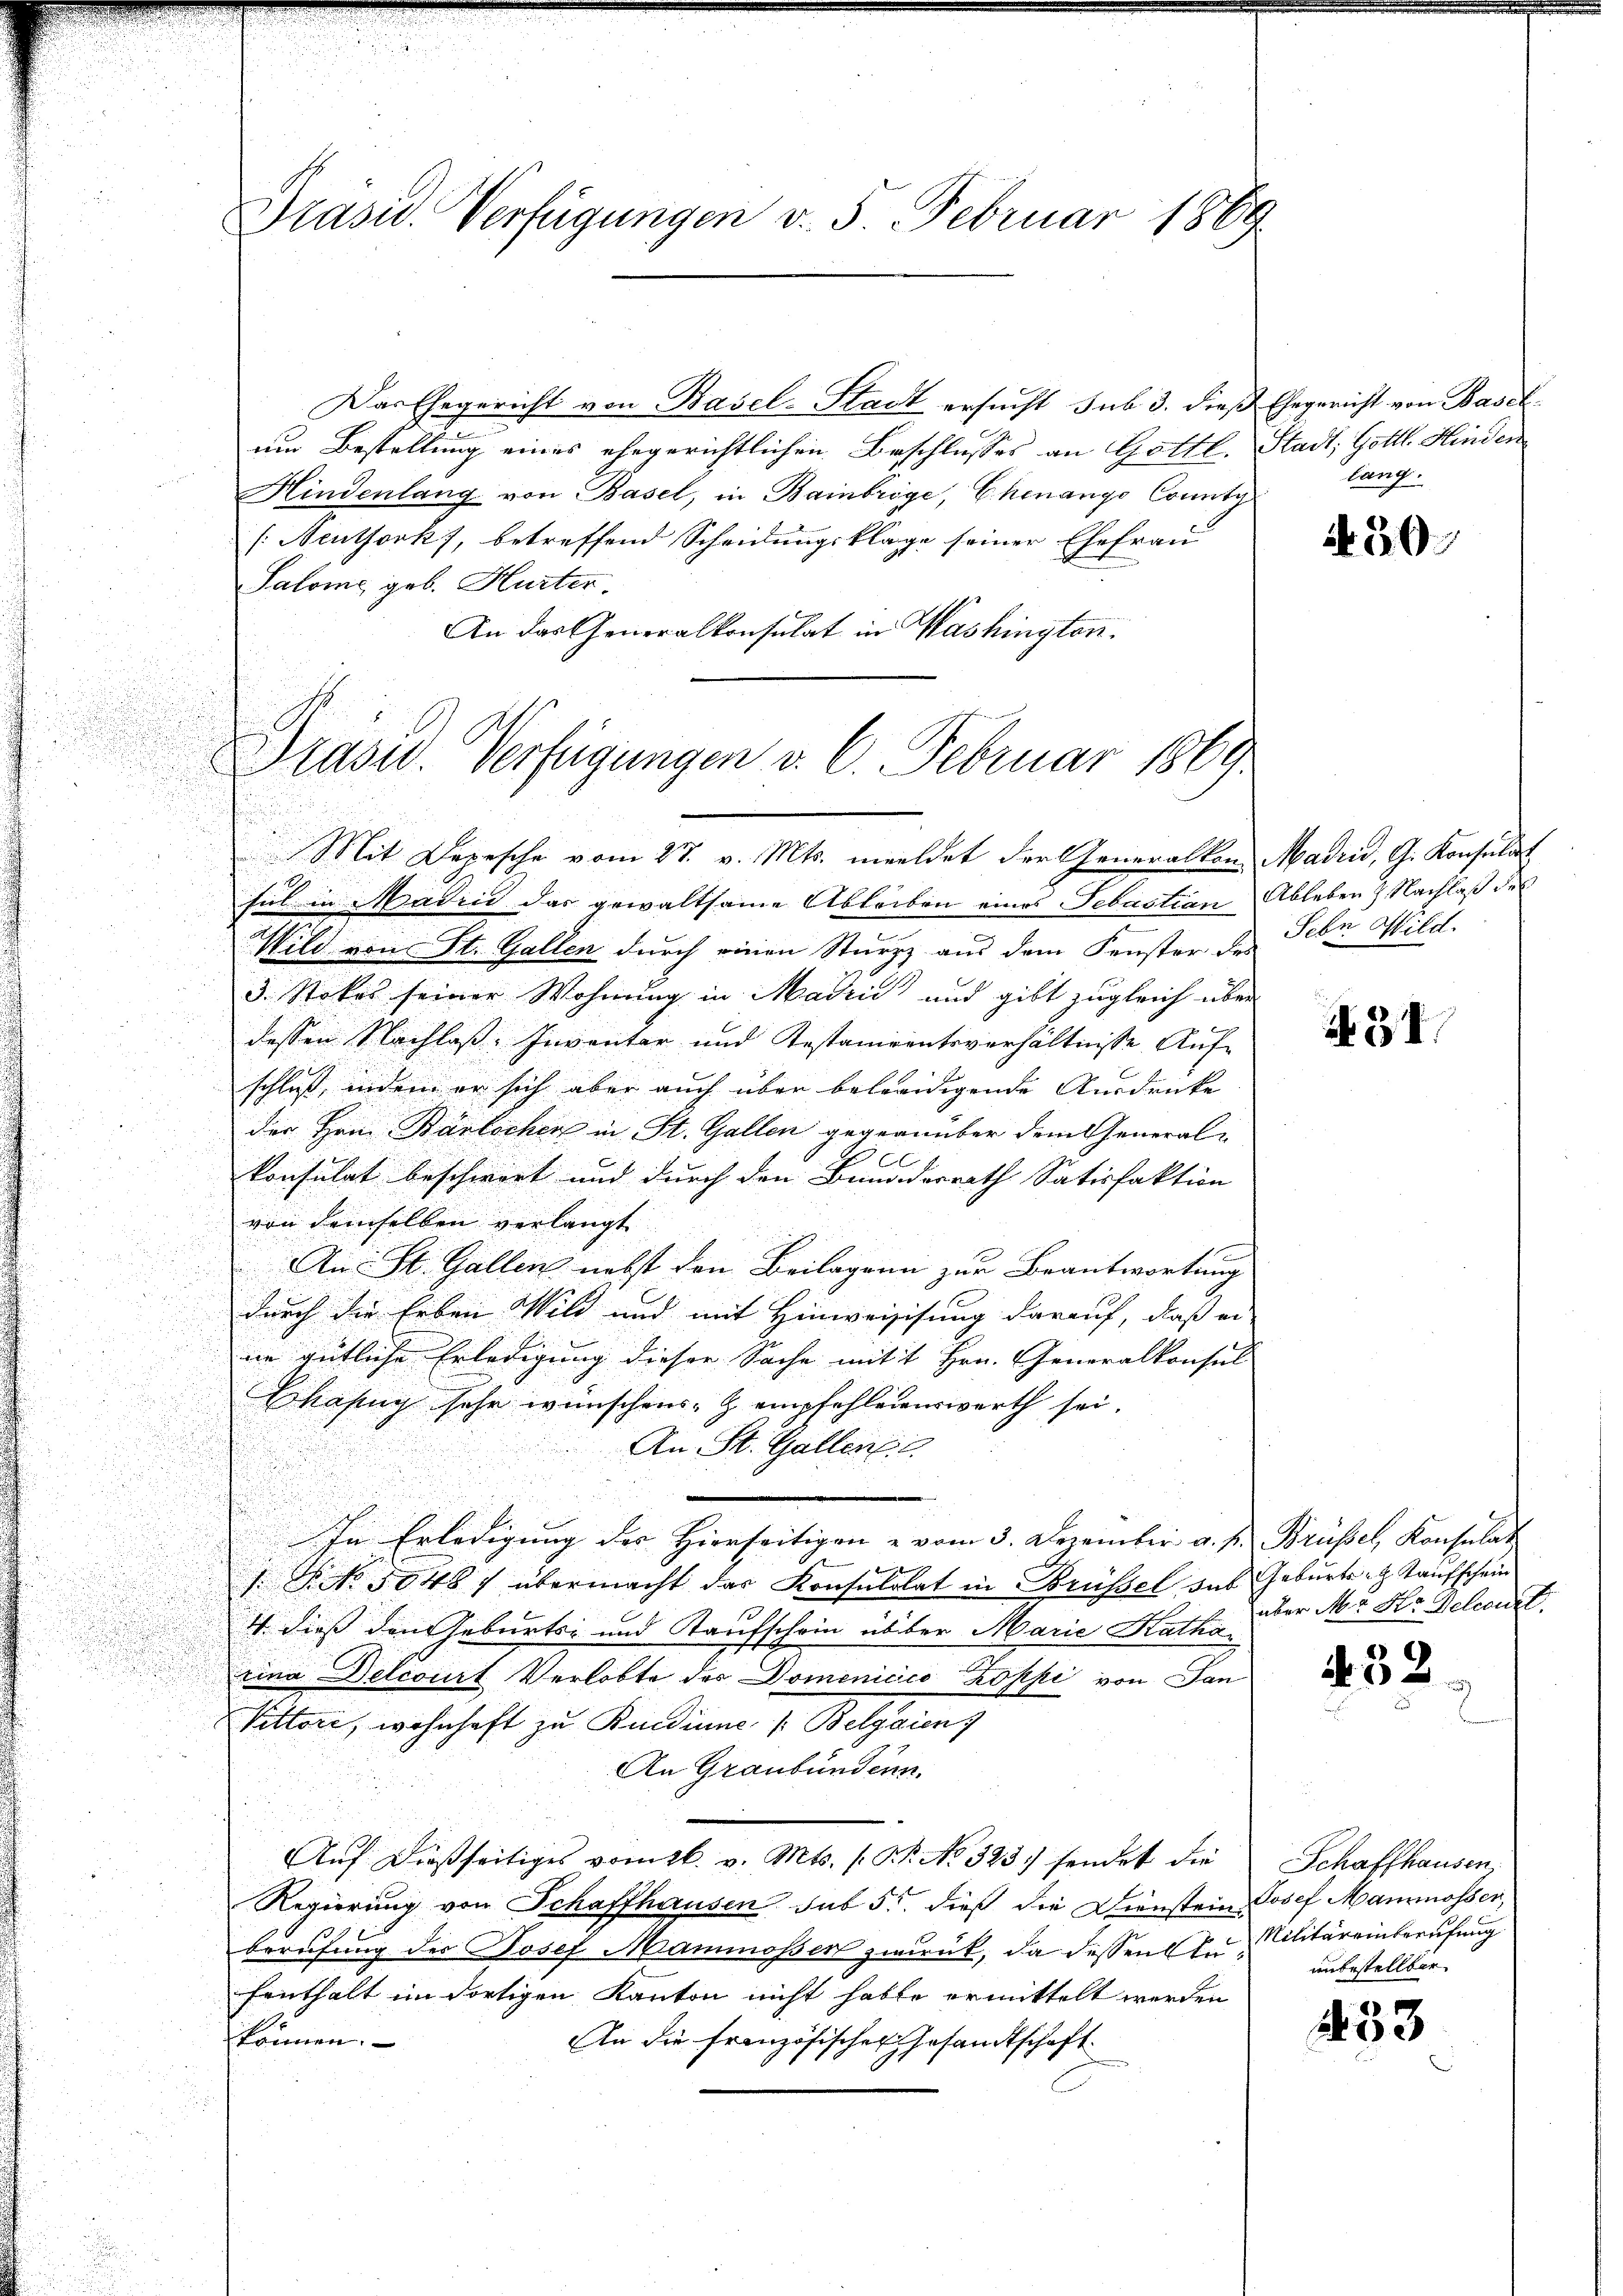
Präsid. Verfügungen v. 5. Februar 1869

Das Ehegericht von Basel-Stadt ersucht sub 3. dieß Ehegericht von Baselum Bestellung eines ehegerichtlichen Beschlusses an Gottl. Stadt, Gottl. Hinden
Hindenlang von Basel, in Bainbrige, Chenange County
[Neuthork, betreffend Scheidungsklage seiner Ehefrau
Salome geb. Hurter.
An das Generalkonsulat in Washington.
Mit Depesche vom 27. v. Mts. meldet der Generalkon Madrid, G. Konsulat
sul in Madici das gewaltsame Ableiben eines Sebastian Ableben & Nachlaß des
Wild von St. Gallen durch einen Sturzz aus dem Fenster des Sebn Wild-
3. Stokes seiner Wohnung in Madri und gibt zugleich über

dessen Nachlaß. Inventar und Testanirentsverhältnisse Aufschluß, indem er sich aber auch über betreidigende Ausdrucke |
der Hrn. Bärlicher in St. Gallen gegenüber dem General-
konsulat beschwort und durch den Bunderrath Satisfaktion
von demselben verlangt
i
Aus St. Gallen nebst den Beilagenn zur Beantwortung
n
durch die Erben Wild und mit Hinweissung darauf, daß er
u
ne gütliche Erledigung dieser Sache mit 1 Hrn. Generalkonsul
.
hasug sehr wünschens- & empfehleinswerth sei.
An St. Gallen.
In Erledigung des Hierseitigen u vom 3. Dezember a. f. Brüssel, Konsulat
 No 1048 f übermacht das Konsulolat in Brüssel das Geburts et Kaufschein
4 dieß den Geburts- und Kaufschein über Marie Kathar
rina Delcourt Verlobte der Domenicio Koppi von Jan
Sitteri, wohnhaft zu Kundinne v. Belgrien)
An Graubündenn
Auf dießseitiges vom 26. v. Mts. (: St. No 323. sendet die
Regierung von Schaffhausen sub 5. dieß die Dienstein Josef Maumossen
berufung der Josef Mammoser zurück, da dessen zu Militäreinberufung
fenthalt im dortigen Kanton nicht habte ermittelt werden
können.
An die französischen Gesandtschaft.

Präsid. Verfügungen v. 6. Februar 1869.

lang.

N 30

434

über Mr. Hr. Geleburt

it. 32.

Schaffhausen,
unbestellbar.

433